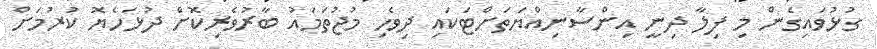
ގުޅުވައިގެން މި ފިލާ ދިނީ އިންސާނިއްޔަތަށްޓަކައި ދިވެހި މުޖުތަމައު ބާރުވެރިކޮށް ދުޅަހެޔޮ ކުރުމަށް